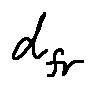
d _ { f r }